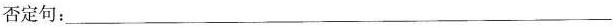
否定句:___